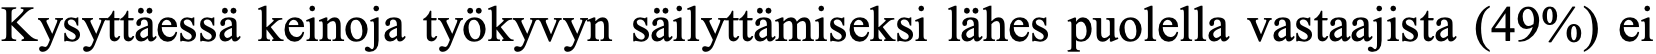
Kysyttäessä keinoja työkyvyn säilyttämiseksi lähes puolella vastaajista (49%) ei